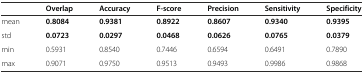
|  | Overlap | Accuracy | F-score | Precision | Sensitivity | Specificity |
 | --- | --- | --- | --- | --- | --- | --- |
 | mean | 0.8084 | 0.9381 | 0.8922 | 0.8607 | 0.9340 | 0.9395 |
 | std | 0.0723 | 0.0297 | 0.0468 | 0.0626 | 0.0765 | 0.0379 |
 | min | 0.5931 | 0.8540 | 0.7446 | 0.6594 | 0.6491 | 0.7890 |
 | max | 0.9071 | 0.9750 | 0.9513 | 0.9493 | 0.9986 | 0.9868 |